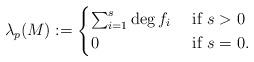
LaTeX: \begin{align*}\lambda_p(M) :=\begin{cases}\sum_{i=1}^s \deg f_i & \textrm{ if } s>0\\0 & \textrm{ if } s=0.\end{cases}\end{align*}